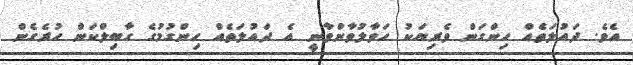
އެވެ. ދައުލަތެއް ހިންގަން ވެރިޔަކު ހަވާލުވާންވާނީ އެ ދައުލަތެއް ހިންގުމުގެ ގާބިލްކަން ހުރެގެން